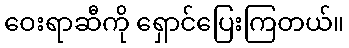
ဝေးရာဆီကို ရှောင်ပြေးကြတယ်။